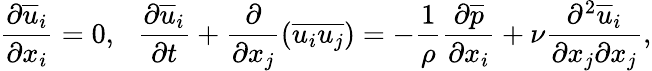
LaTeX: \frac{\partial\overline{{u}}_{i}}{\partial x_{i}}=0,\, ~~\frac{\partial\overline{{u}}_{i}}{\partial t}+\frac{\partial}{\partial x_{j}}(\overline{{u_{i}u_{j}}})=-\frac{1}{\rho}\frac{\partial\overline{{p}}}{\partial x_{i}}+\nu\frac{\partial^{2}\overline{{u}}_{i}}{\partial x_{j}\partial x_{j}},